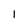
Character: 1